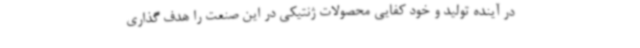
در آینده تولید و خود کفایی محصولات ژنتیکی در این صنعت را هدف گذاری